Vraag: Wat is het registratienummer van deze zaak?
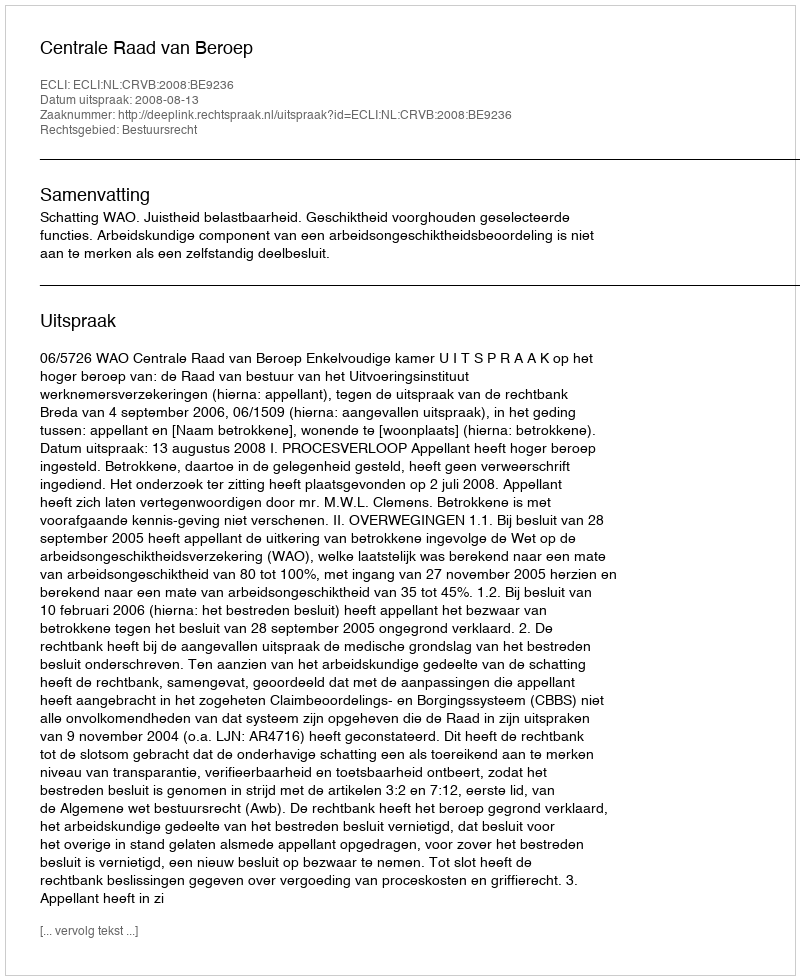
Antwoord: http://deeplink.rechtspraak.nl/uitspraak?id=ECLI:NL:CRVB:2008:BE9236